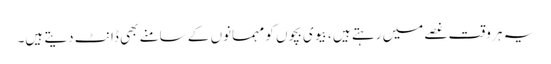
یہ ہر وقت غصے میں رہتے ہیں ، بیوی بچوں کو مہمانوں کے سامنے بھی ڈانٹ دیتے ہیں۔